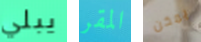
يبلي المقر يمكن